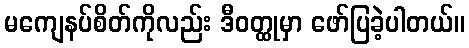
မကျေနပ်စိတ်ကိုလည်း ဒီဝတ္ထုမှာ ဖော်ပြခဲ့ပါတယ်။